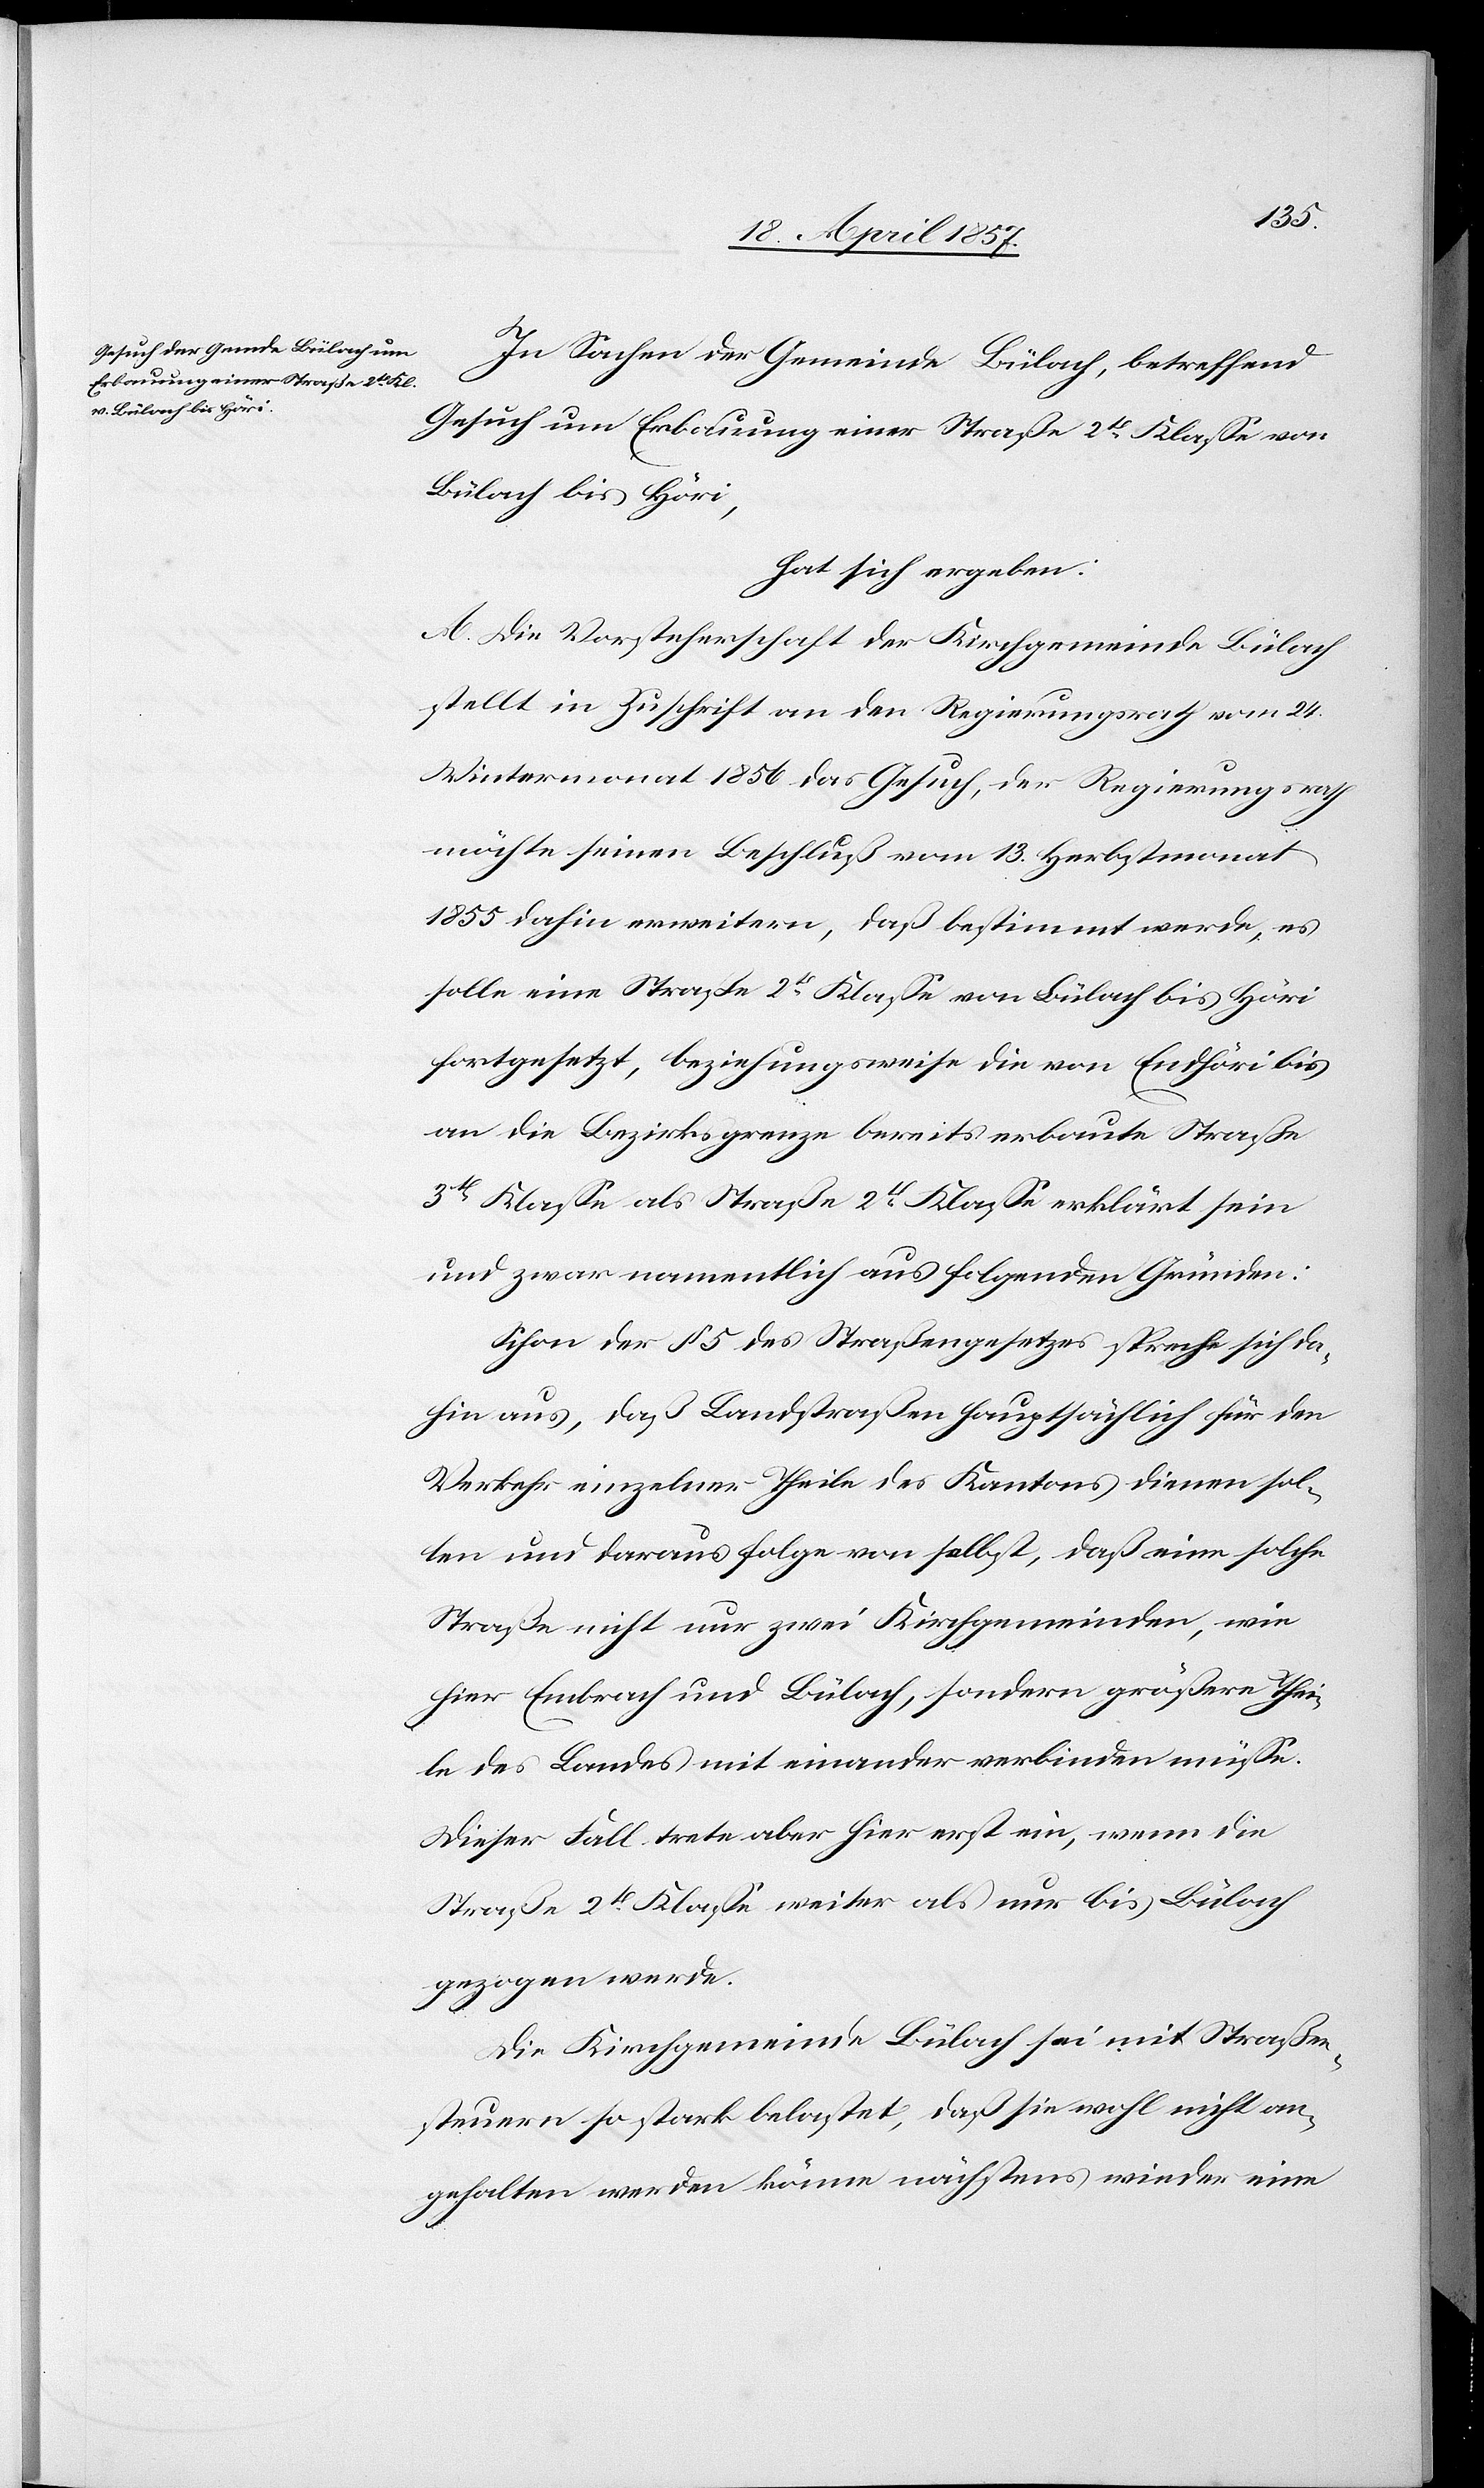
In Sachen der Gemeinde Bülach, betreffend
Gesuch um Erbauung einer Straße 2t Klasse von
Bülach bis Höri,
hat sich ergeben:
A. Die Vorsteherschaft der Kirchgemeinde Bülach
stellt in Zuschrift an den Regierungsrath vom 24.
Wintermonat 1856 das Gesuch, der Regierungsrath
möchte seinen Beschluß vom 13. Herbstmonat
1855 dahin erweitern, daß bestimmt werde, es
solle eine Straße 2t Klasse von Bülach bis Höri
fortgesetzt, beziehungsweise die von Endhöri bis
an die Bezirksgrenze bereits erbaute Straße
3t Klasse als Straße 2t Klasse erklärt sein
und zwar namentlich aus folgenden Gründen:
Schon der § 5 des Straßengesetzes spreche sich da¬
hin aus, daß Landstraßen hauptsächlich für den
Verkehr einzelner Theile des Kantons dienen sol¬
len und daraus folge von selbst, daß eine solche
Straße nicht nur zwei Kirchgemeinden, wie
hier Embrach und Bülach, sondern größere Thei¬
le des Landes mit einander verbinden müsse.
Dieser Fall trete aber hier erst ein, wenn die
Straße 2t Klasse weiter als nur bis Bülach
gezogen werde.
Die Kirchgemeinde Bülach sei mit Straßen¬
steuern so stark belastet, daß sie wohl nicht an¬
gehalten werden könne nächstens wieder eine